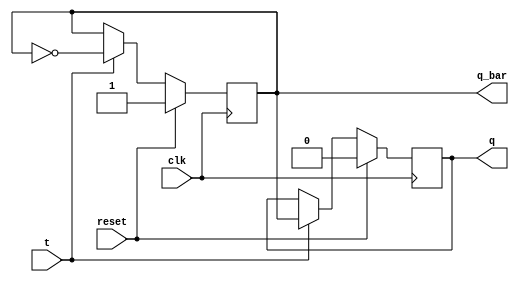
module T_ff(q,q_bar,t,clk,reset);
input t,clk,reset;
output q,q_bar;

wire t,clk;
reg q,q_bar;

always @(posedge clk)
begin
if(reset)
 begin
q=1'b0;
q_bar=1'b1;

end
else
begin

if(!t)
begin
q=q;
q_bar = q_bar;
end
else
begin
q=q_bar;
q_bar=~q;
end
end
end
endmodule